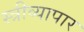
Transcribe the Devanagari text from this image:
स्त्रीव्यापार